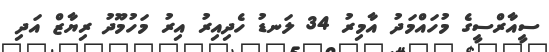
ސީއާރްސީގެ މުހައްމަދު އާމިރު 34 ލަނޑު ހެދިއިރު އިރު މަހުމޫދު ރިޔާޒް އަދި